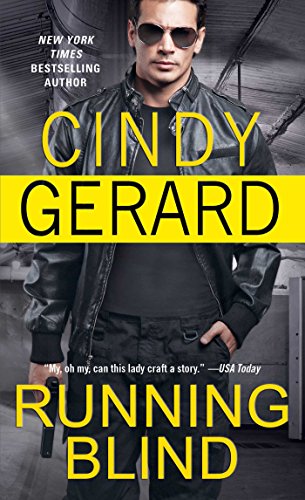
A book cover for Running Blind (One-Eyed Jacks); Cindy Gerard; Romance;